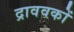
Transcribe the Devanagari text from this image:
द्राववकों